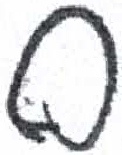
אות: ס